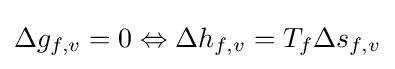
\Delta g_{f,v}=0\Leftrightarrow \Delta h_{f,v}=T_{f}\Delta s_{f,v}